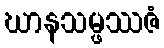
ဃာနသမ္ဖဿဇံ